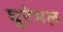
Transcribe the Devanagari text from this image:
घूरेमल